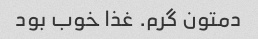
دمتون گرم. غذا خوب بود